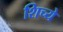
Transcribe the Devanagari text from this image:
शिच्ये